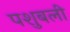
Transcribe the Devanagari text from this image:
पशुबली